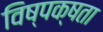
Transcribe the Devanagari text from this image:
विष्पक्षता